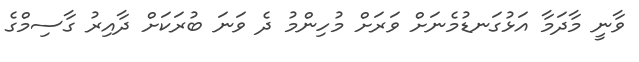
ވާނީ މާދަމާ އަޅުގަނޑުމެނަށް ވަރަށް މުހިންމު ދެ ވަނަ ބުރަކަށް ދާއިރު ގާސިމްގެ